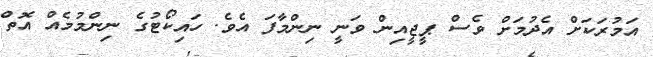
އަމުރަކަށް އެދުމަށް ވެސް ޕީޖީއިން ވަނީ ނިންމާފަ އެވެ. ހައިކޯޓުގެ ނިންމުމެއް އޮތް